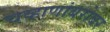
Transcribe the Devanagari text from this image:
चव्हाणांबरोबर